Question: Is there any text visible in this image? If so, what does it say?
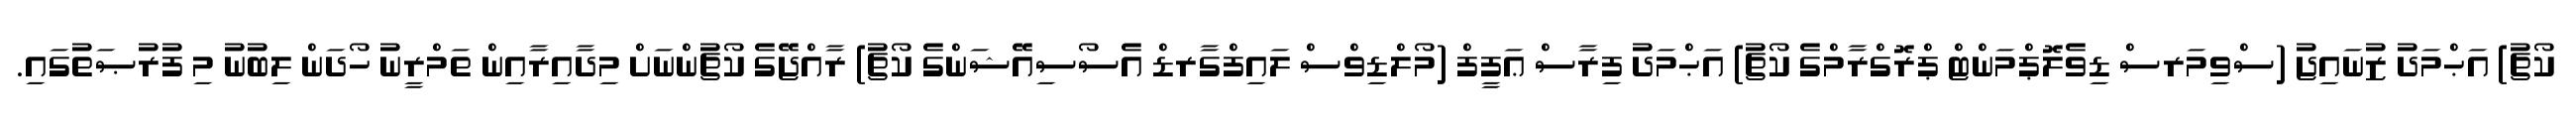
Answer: ކޯޗު) އަޙްމަދު ޒުނައިޖު (ސްވިމަރސް ޑިވެލޮޕްމަންޓް ޕްރޮގްރާމްގެ ކޯޗު) އަޙްމަދު ފިރާސް ޢަފީފް (މޯލްޑިވްސް ލައިފްގާރޑް އެސޯސިއޭޝަންގެ ކޯޗު) ރާއްޖޭގެ ކޯޗުންނަށް މިދާއިރާއިން ތަމްރީނު ހޯދަން ލިބުނު މި ފުރުޞަތުގައި.